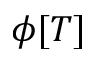
\phi [ T ]